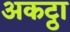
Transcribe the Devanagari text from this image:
अकट्ठा